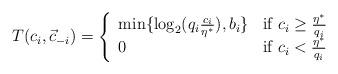
LaTeX: \begin{align*}T(c_i,\vec{c}_{-i}) =\left\{\begin{array}{ll}\min\{\log_2(q_i\frac{c_i}{\eta^*}),b_i\} & \mbox{if } c_i \geq \frac{\eta^*}{q_i} \\0 & \mbox{if } c_i < \frac{\eta^*}{q_i}\end{array}\right.\end{align*}